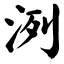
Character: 洌